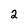
Character: 2